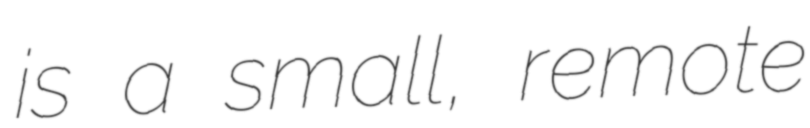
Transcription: is a small, remote